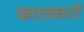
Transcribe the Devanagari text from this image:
ख्यातकारों